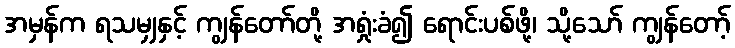
အမှန်က ရသမျှနှင့် ကျွန်တော်တို့ အရှုံးခံ၍ ရောင်းပစ်ဖို့၊ သို့သော် ကျွန်တော့်